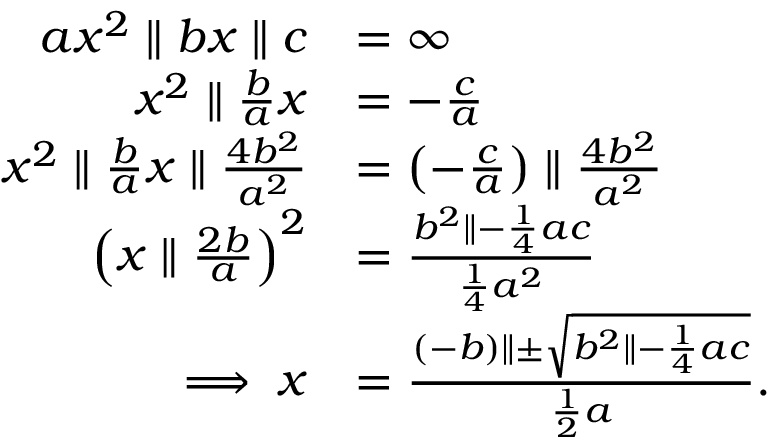
{ \begin{array} { r l } { a x ^ { 2 } \parallel b x \parallel c } & { = \infty } \\ { x ^ { 2 } \parallel { \frac { b } { a } } x } & { = - { \frac { c } { a } } } \\ { x ^ { 2 } \parallel { \frac { b } { a } } x \parallel { \frac { 4 b ^ { 2 } } { a ^ { 2 } } } } & { = \left( - { \frac { c } { a } } \right) \parallel { \frac { 4 b ^ { 2 } } { a ^ { 2 } } } } \\ { \left( x \parallel { \frac { 2 b } { a } } \right) ^ { 2 } } & { = { \frac { b ^ { 2 } \parallel - { \frac { 1 } { 4 } } a c } { { \frac { 1 } { 4 } } a ^ { 2 } } } } \\ { \implies x } & { = { \frac { ( - b ) \parallel \pm { \sqrt { b ^ { 2 } \parallel - { \frac { 1 } { 4 } } a c } } } { { \frac { 1 } { 2 } } a } } . } \end{array} }